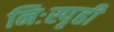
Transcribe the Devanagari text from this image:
निःस्पृही